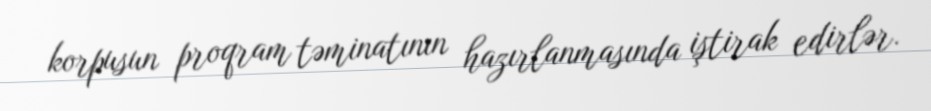
korpusun proqram təminatının hazırlanmasında iştirak edirlər.